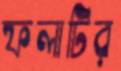
ফলাটির